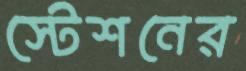
স্টেশনের